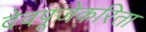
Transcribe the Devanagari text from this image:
देवपूजेकरिता